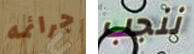
جرائمه ننجب